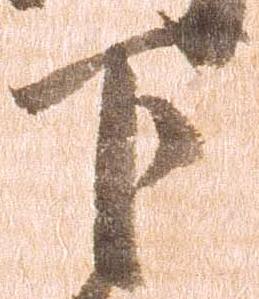
下